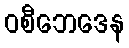
ဝစီဘေဒေန